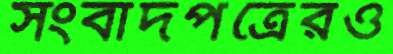
সংবাদপত্রেরও